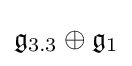
{\mathfrak {g}}_{3.3}\oplus {\mathfrak {g}}_{1}